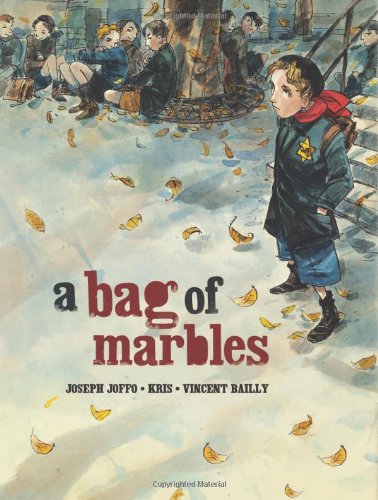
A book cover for A Bag of Marbles: The Graphic Novel (Graphic Universe) (Junior Library Guild Selection); Joseph Joffo; Teen & Young Adult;